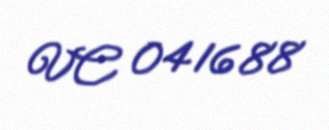
VC 041688